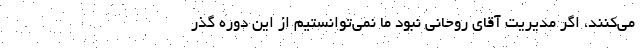
می‌کنند، اگر مدیریت آقای روحانی نبود ما نمی‌توانستیم از این دوره گذر